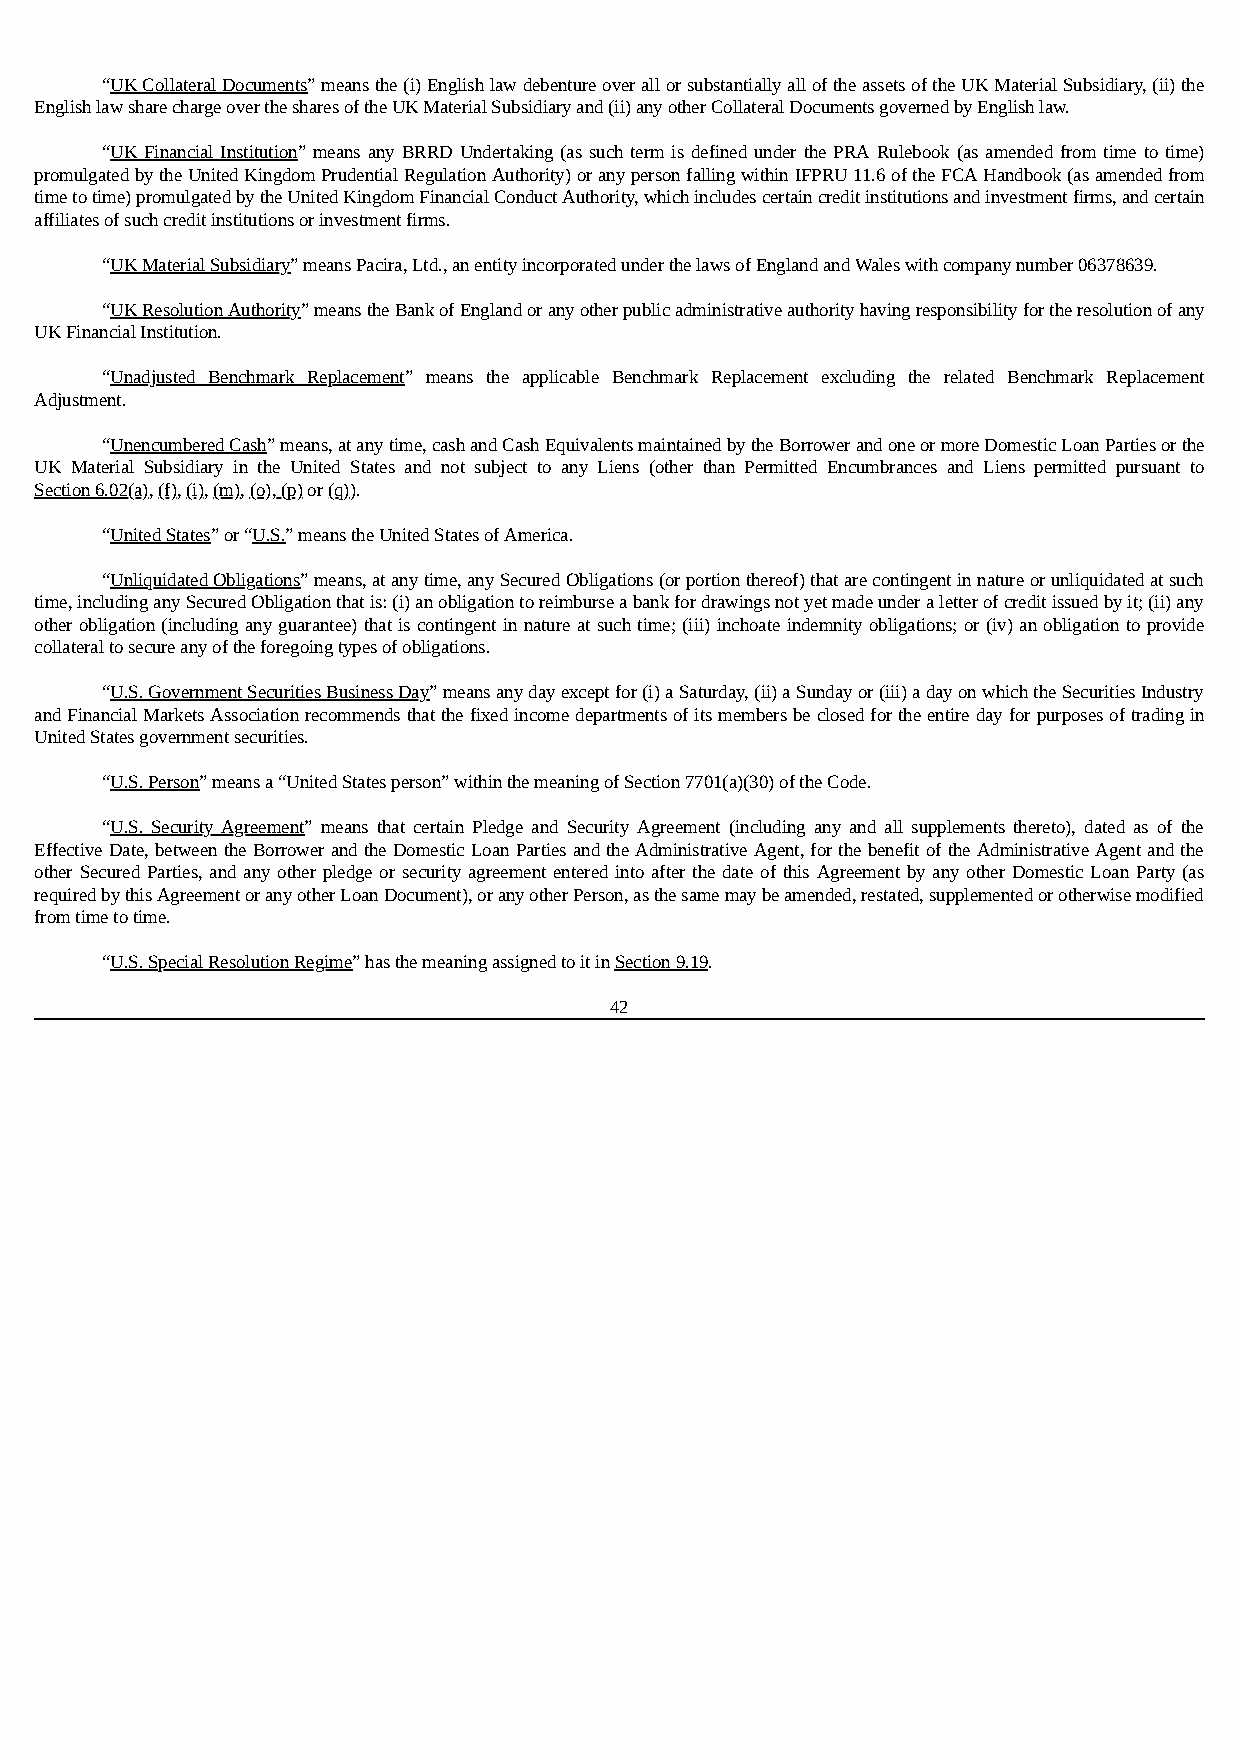
“UK Collateral Documents” means the (i) English law debenture over all or substantially all of the assets of the UK Material Subsidiary, (ii) the
 English law share charge over the shares of the UK Material Subsidiary and (ii) any other Collateral Documents governed by English law.
 “UK Financial Institution” means any BRRD Undertaking (as such term is defined under the PRA Rulebook (as amended from time to time)
 promulgated by the United Kingdom Prudential Regulation Authority) or any person falling within IFPRU 11.6 of the FCA Handbook (as amended from
 time to time) promulgated by the United Kingdom Financial Conduct Authority, which includes certain credit institutions and investment firms, and certain
 affiliates of such credit institutions or investment firms.
 “UK Material Subsidiary” means Pacira, Ltd., an entity incorporated under the laws of England and Wales with company number 06378639.
 “UK Resolution Authority” means the Bank of England or any other public administrative authority having responsibility for the resolution of any
 UK Financial Institution.
 “Unadjusted Benchmark Replacement” means the applicable Benchmark Replacement excluding the related Benchmark Replacement
 Adjustment.
 “Unencumbered Cash” means, at any time, cash and Cash Equivalents maintained by the Borrower and one or more Domestic Loan Parties or the
 UK Material Subsidiary in the United States and not subject to any Liens (other than Permitted Encumbrances and Liens permitted pursuant to
 Section 6.02(a), (f), (i), (m), (o), (p) or (q)).
 “United States” or “U.S.” means the United States of America.
 “Unliquidated Obligations” means, at any time, any Secured Obligations (or portion thereof) that are contingent in nature or unliquidated at such
 time, including any Secured Obligation that is: (i) an obligation to reimburse a bank for drawings not yet made under a letter of credit issued by it; (ii) any
 other obligation (including any guarantee) that is contingent in nature at such time; (iii) inchoate indemnity obligations; or (iv) an obligation to provide
 collateral to secure any of the foregoing types of obligations.
 “U.S. Government Securities Business Day” means any day except for (i) a Saturday, (ii) a Sunday or (iii) a day on which the Securities Industry
 and Financial Markets Association recommends that the fixed income departments of its members be closed for the entire day for purposes of trading in
 United States government securities.
 “U.S. Person” means a “United States person” within the meaning of Section 7701(a)(30) of the Code.
 “U.S. Security Agreement” means that certain Pledge and Security Agreement (including any and all supplements thereto), dated as of the
 Effective Date, between the Borrower and the Domestic Loan Parties and the Administrative Agent, for the benefit of the Administrative Agent and the
 other Secured Parties, and any other pledge or security agreement entered into after the date of this Agreement by any other Domestic Loan Party (as
 required by this Agreement or any other Loan Document), or any other Person, as the same may be amended, restated, supplemented or otherwise modified
 from time to time.
 “U.S. Special Resolution Regime” has the meaning assigned to it in Section 9.19.
 42